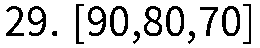
29. [90,80,70]